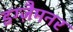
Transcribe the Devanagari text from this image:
इग्ज़ैमनर